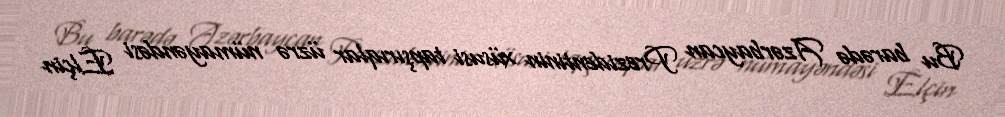
Bu barədə Azərbaycan Prezidentinin xüsusi tapşırıqlar üzrə nümayəndəsi Elçin